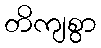
တိကျစွာ